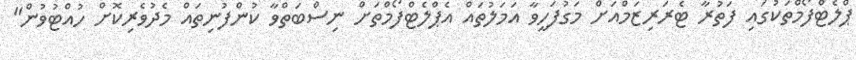
ޕްލެޓްފޯމްތަކުގައި ފަތުރާ ޓެރަރިޒަމްއަށް މަގުފަހީވާ އަމަލުތައް އެޕްލެޓްފޯމްތަށް ނިސްބަތްވާ ކުންފުނިތައް މެދުވެރިކޮށް ހުއްޓުވުން"